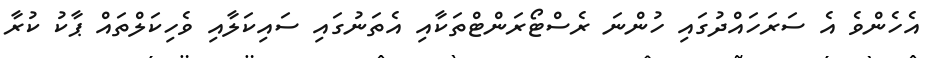
އެހެންވެ އެ ސަރަހައްދުގައި ހުންނަ ރެސްޓޯރަންޓްތަކާއި އެތަނުގައި ސައިކަލާއި ވެހިކަލްތައް ޕާކު ކުރާ